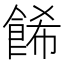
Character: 餙